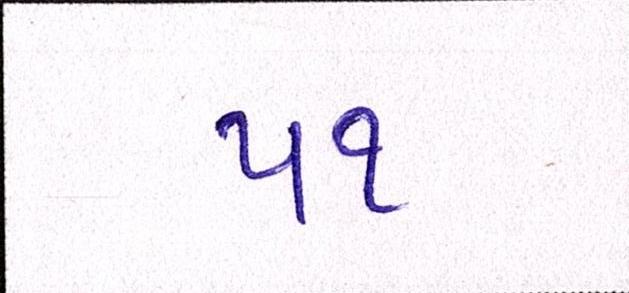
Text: ૫૧